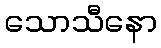
သောသီနော